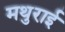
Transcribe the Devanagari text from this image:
मथुराई